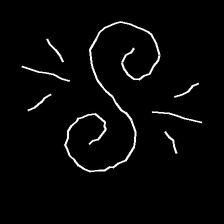
Glyph: wind-directs-air